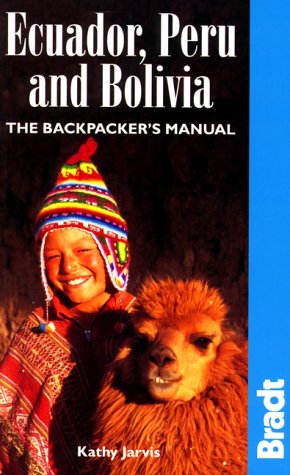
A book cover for Ecuador, Peru And Bolivia: The Backpacker's Manual; Kathy Jarvis; Travel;